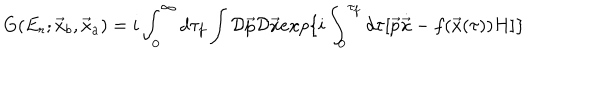
LaTeX: G ( E _ { r } ; \vec { x } _ { b } , \vec { x } _ { a } ) = i \int _ { 0 } ^ { \infty } d \tau _ { f } \int { \cal D } \vec { p } { \cal D } \vec { x } e x p \{ i \int _ { 0 } ^ { \tau _ { f } } d \tau [ \vec { p } \dot { \vec { x } } - f ( \vec { x } ( \tau ) ) H ] \}